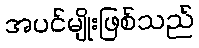
အပင်မျိုးဖြစ်သည်